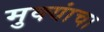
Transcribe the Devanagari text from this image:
मुक्यांचा